Lunatic asylums United Prov. 1922-30 - 1922-1930
Year: 1922
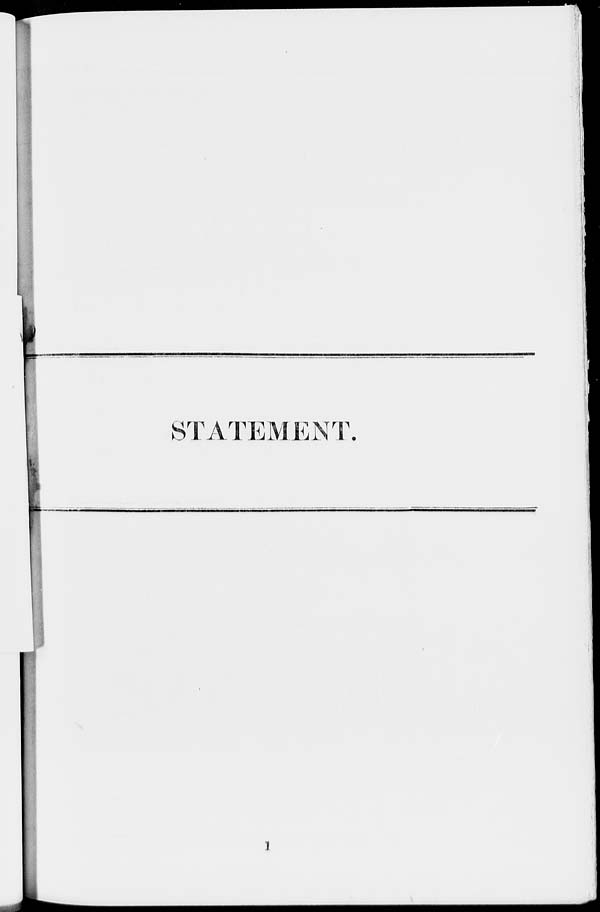
STATEMENT.
1